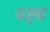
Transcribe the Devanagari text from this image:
यजुषां